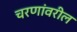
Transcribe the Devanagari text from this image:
चरणांवरील